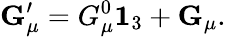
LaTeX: {\mathbf G}_{\mu}^{\prime}=G_{\mu}^{0}{\mathbf 1}_{3}+{\mathbf G}_{\mu}.